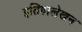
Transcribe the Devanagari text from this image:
इतिहालेखन